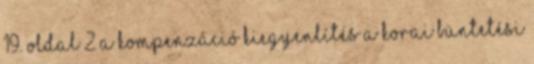
19. oldal 2 A kompenzáció kiegyenlítés a korai büntetési